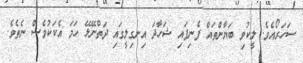
ސަހަރޯއެވެ. ލީކުވި ބަޔާންތައް ފެނިފައި ޝަހާދަ އިނގިލީގައި ދަތްނޭޅޭ ހަމަ އެކަކުވެސް ނެތެވެ.